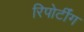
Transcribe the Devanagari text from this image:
रिपोर्टींग